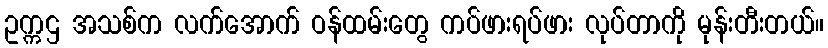
ဥက္ကဌ အသစ်က လက်အောက် ဝန်ထမ်းတွေ ကပ်ဖားရပ်ဖား လုပ်တာကို မုန်းတီးတယ်။